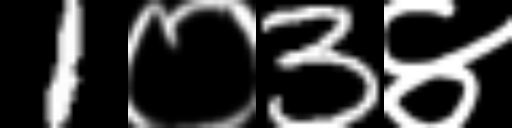
Text: 1०3४